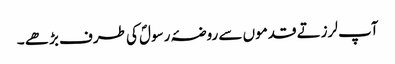
آپ لرزتے قدموں سے روضۂ رسولؐ کی طرف بڑھے ۔